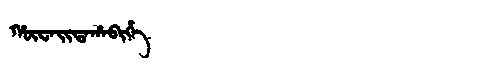
Manchu: ᡥᡡᠸᠠᡳᡨᠠᡥᠠᠪᡳᡥᡝ
Romanization: HŪWAITAHABIHE